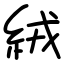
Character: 絨